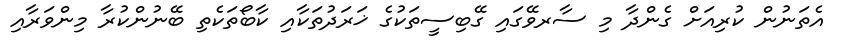
އެތަނުން ކުރިއަށް ގެންދާ މި ސާރވޭގައި ގޭބިސީތަކުގެ ޚަރަދުތަކާއި ކާބޯތަކެތި ބޭނުންކުރާ މިންވަރާއި